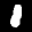
Label: 1